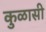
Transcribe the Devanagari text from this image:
कुळासी